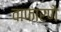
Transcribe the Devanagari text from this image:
वाफारणे